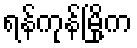
ရန်ကုန်မြို့က